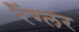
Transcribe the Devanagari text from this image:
रैंग्लर